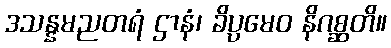
ဒသန္နမညတရံ ဌာနံ၊ ခိပ္ပမေဝ နိဂစ္ဆတိ။